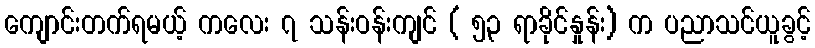
ကျောင်းတက်ရမယ့် ကလေး ၇ သန်းဝန်းကျင် ( ၅၃ ရာခိုင်နှုန်း) က ပညာသင်ယူခွင့်